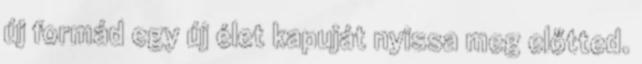
új formád egy új élet kapuját nyissa meg előtted.